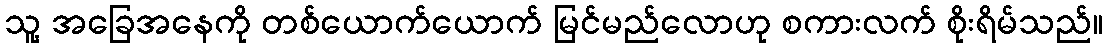
သူ့ အခြေအနေကို တစ်ယောက်ယောက် မြင်မည်လောဟု စကားလက် စိုးရိမ်သည်။